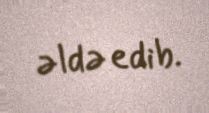
əldə edib.